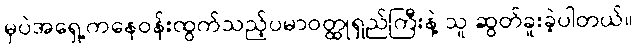
မှပဲအရှေ့ကနေဝန်းထွက်သည့်ပမာဝတ္ထုရှည်ကြီးနဲ့ သူ ဆွတ်ခူးခဲ့ပါတယ်။